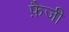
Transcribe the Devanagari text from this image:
फ़ैजी